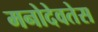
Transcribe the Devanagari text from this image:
मनोदेवतेस